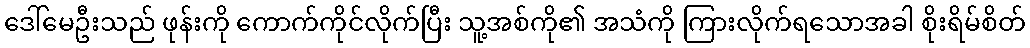
ဒေါ်မေဦးသည် ဖုန်းကို ကောက်ကိုင်လိုက်ပြီး သူ့အစ်ကို၏ အသံကို ကြားလိုက်ရသောအခါ စိုးရိမ်စိတ်